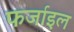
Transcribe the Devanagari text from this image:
फर्जाइल